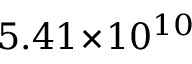
5 . 4 1 \! \times \! 1 0 ^ { 1 0 }